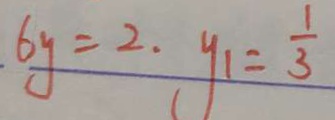
6 y = 2 . y _ { 1 } = \frac { 1 } { 3 }